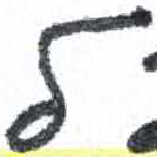
אות: ל